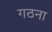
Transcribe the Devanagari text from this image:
गठना